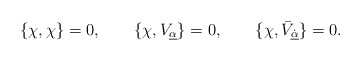
\begin{align*}{\displaystyle\{\chi,\chi\}=0,\hspace{2em} \{\chi,V_{\underline\alpha}\}=0,\hspace{2em}\{\chi,\bar V_{\underline{\dot\alpha}}\}=0.}\end{align*}